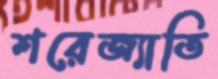
শরেজ্যাতি